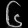
Digit: ၆